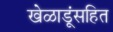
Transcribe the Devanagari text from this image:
खेळाडूंसहित